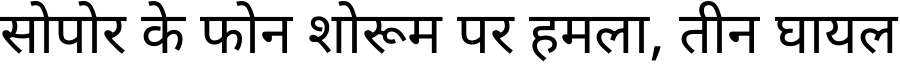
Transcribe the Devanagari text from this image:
सोपोर के फोन शोरूम पर हमला, तीन घायल